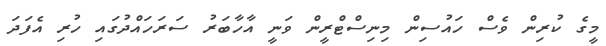
މީގެ ކުރިން ވެސް ހައުސިން މިނިސްޓްރީން ވަނީ އާހާބަރު ސަރަހައްދުގައި ހުރި އެފަދަ